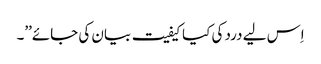
اِس لیے درد کی کیا کیفیت بیان کی جائے\’\’۔